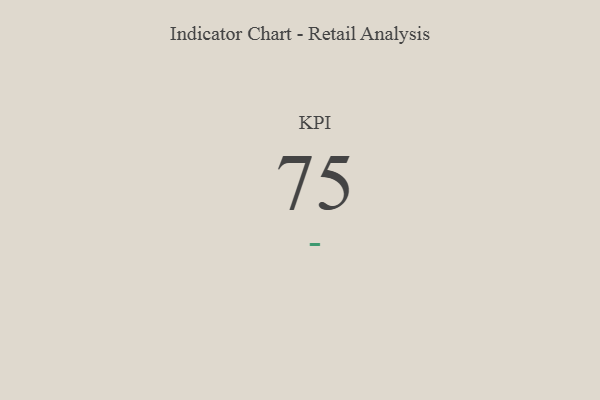
{"axis": {"x": "KPI", "y": "Value"}, "legend": [""], "data": [{"x": "KPI", "y": 75, "type": ""}]}